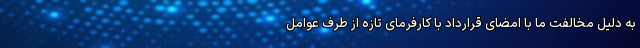
به دلیل مخالفت ما با امضای قرارداد با کارفرمای تازه از طرف عوامل